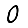
Digit: 0